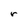
Character: r